Source: Handwritten
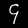
Digit: ၄ (4)